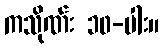
ကသိုဏ်း ၁၀-ပါး။